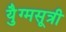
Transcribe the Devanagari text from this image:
युैग्मसूत्री